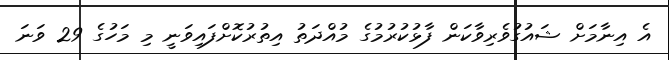
އެ އިނާމަށް ޝައުގުވެރިވާކަން ފާޅުކުރުމުގެ މުއްދަތު އިތުރުކޮށްފައިވަނީ މި މަހުގެ 29 ވަނަ